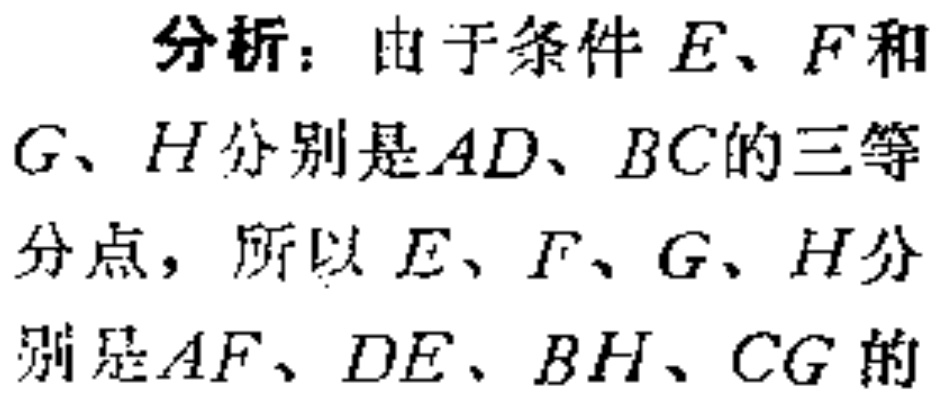
分析：由于条件 \(E、F\) 和 \(G、H\) 分别是 \(AD、BC\) 的三等分点，所以 \(E、F、G、H\) 分别是 \(AF、DE、BH、CG\) 的